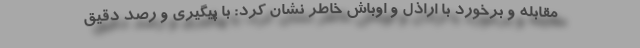
مقابله و برخورد با اراذل و اوباش خاطر نشان کرد: با پیگیری و رصد دقیق